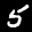
Label: 5